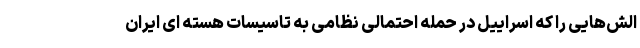
الش‌هایی را که اسراییل در حمله احتمالی نظامی به تاسیسات هسته ای ایران